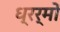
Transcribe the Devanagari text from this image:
ध्रर्मों